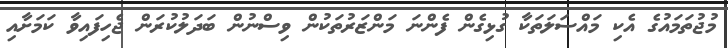
މުޖުތަމައުގެ އެކި މައްސަލަތަކާ ގުޅިގެން ފެންނަ މަންޒަރުތަކުން ވިސްނުން ބަދަލުކުރަން ޖެހިފައިވާ ކަމަށާއި